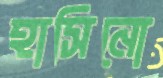
হাসিনো